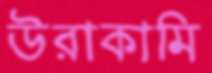
উরাকামি